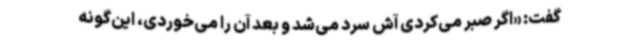
گفت: «اگر صبر می‌کردی آش سرد می‌شد و بعد آن را می‌خوردی، این‌گونه